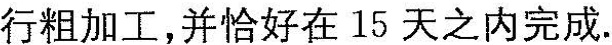
行粗加工，并恰好在15天之内完成.